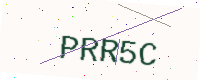
Text: PRR5C